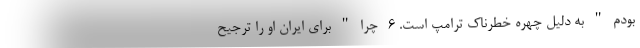
بودم " به دلیل چهره خطرناک ترامپ است. 6- چرا " برای ایران او را ترجیح